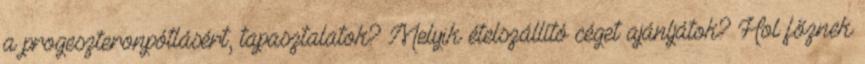
a progeszteronpótlásért, tapasztalatok? Melyik ételszállító céget ajánljátok? Hol főznek